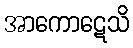
အာကောဋေသိ